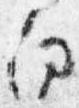
南